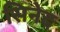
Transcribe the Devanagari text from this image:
सिनेद